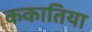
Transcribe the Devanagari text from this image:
ककातिया